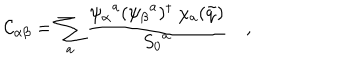
{ \cal C } _ { \alpha \beta } = \sum _ { a } { \frac { { \psi _ { \alpha } } ^ { a } ( { \psi _ { \beta } } ^ { a } ) ^ { \dagger } \ \chi _ { a } ( \tilde { q } ) } { { S _ { 0 } } ^ { a } } } \quad ,